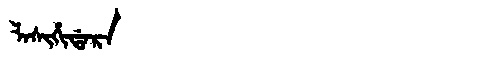
Manchu: ᠯᠠᠰᡳᡥᡳᡩᠠᡵᠠ
Romanization: LASIHIDARA